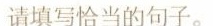
请填写恰当的句子。